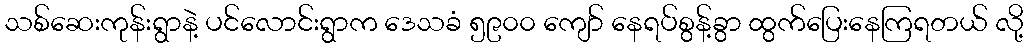
သစ်ဆေးကုန်းရွာနဲ့ ပင်လောင်းရွာက ဒေသခံ ၅၉၀၀ ကျော် နေရပ်စွန့်ခွာ ထွက်ပြေးနေကြရတယ် လို့